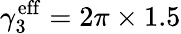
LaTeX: \gamma_{3}^{\mathrm{eff}}=2\pi\times 1.5